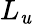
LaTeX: L_{\mathit{u}}